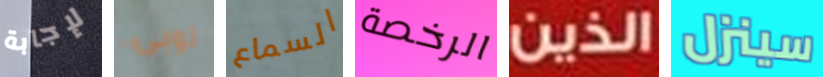
لإجابة توبى السماع الرخصة الذين سينزل